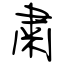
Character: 肅